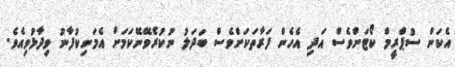
އެކަން ސުޕްރީމް ކޯޓަށްވެސް އަދި އެހެން ފަރާތަކަށްވެސް ބަދަލު ނުކުރެވޭނޭކަމަށް އެމަނިކުފާނު ވިދާޅުވިއެވެ.